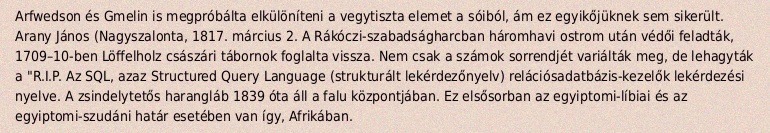
Arfwedson és Gmelin is megpróbálta elkülöníteni a vegytiszta elemet a sóiból, ám ez egyikőjüknek sem sikerült. Arany János (Nagyszalonta, 1817. március 2. A Rákóczi-szabadságharcban háromhavi ostrom után védői feladták, 1709–10-ben Löffelholz császári tábornok foglalta vissza. Nem csak a számok sorrendjét variálták meg, de lehagyták a "R.I.P. Az SQL, azaz Structured Query Language (strukturált lekérdezőnyelv) relációsadatbázis-kezelők lekérdezési nyelve. A zsindelytetős harangláb 1839 óta áll a falu központjában. Ez elsősorban az egyiptomi-líbiai és az egyiptomi-szudáni határ esetében van így, Afrikában.